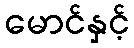
မောင်နှင့်